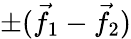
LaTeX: \pm({\vec{f}}_{1}-{\vec{f}}_{2})